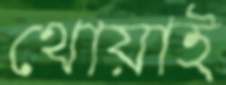
থোয়াই